65_HS1-834228961_62-HQ-83894_Serial_438
Agency: FBI
Page 7
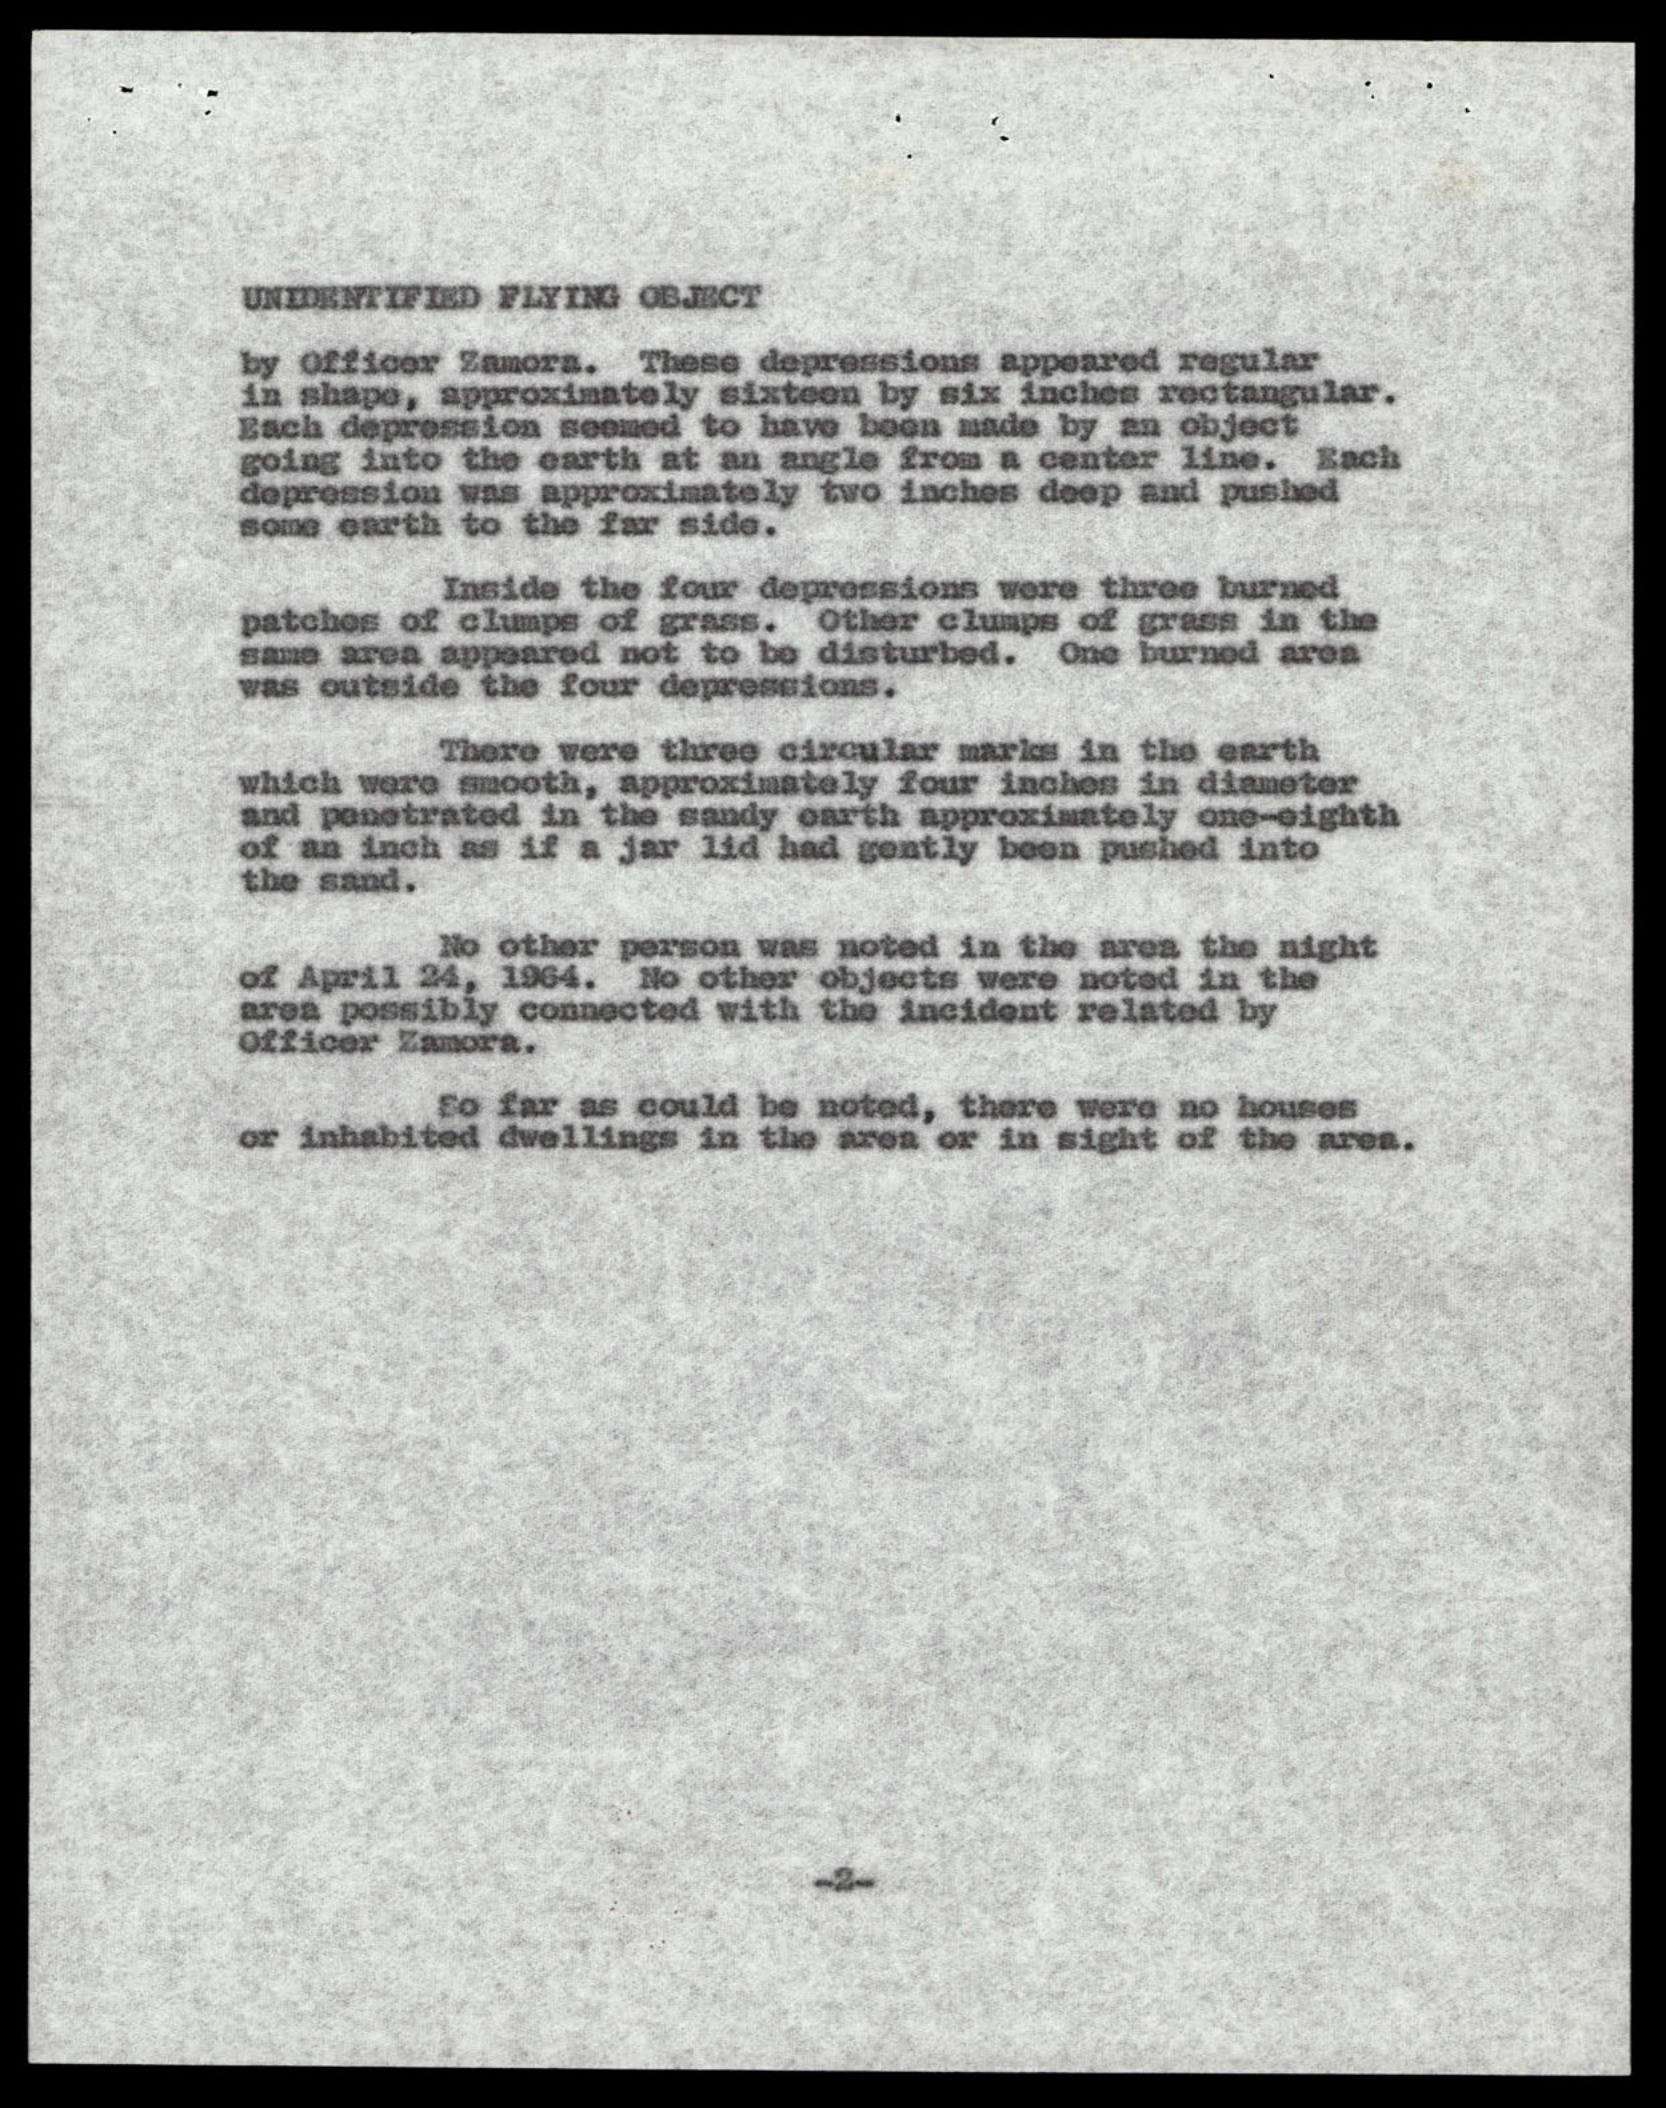